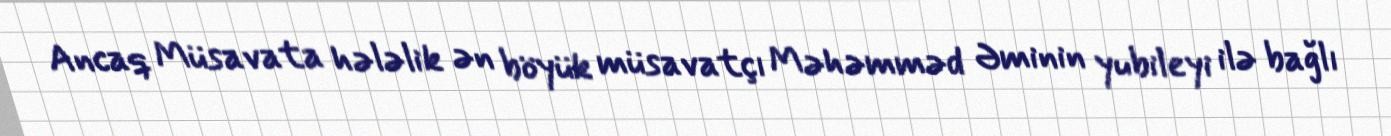
Ancaq Müsavata hələlik ən böyük müsavatçı Məhəmməd Əminin yubileyi ilə bağlı